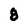
Character: 8